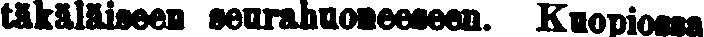
täkäläiseen seurahuoneeseen. Kuopiossa